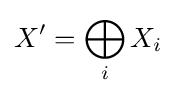
X'=\bigoplus _{i}X_{i}